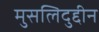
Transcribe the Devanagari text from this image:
मुसलिदुद्दीन